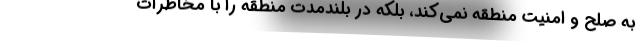
به صلح و امنیت منطقه نمی‌کند، بلکه در بلندمدت منطقه را با مخاطرات